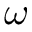
\omega